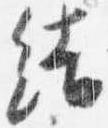
結